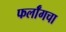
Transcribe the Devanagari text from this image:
फर्लाँगचा